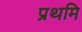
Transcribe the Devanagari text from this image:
प्रथमि